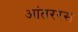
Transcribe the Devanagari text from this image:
आंतररस